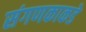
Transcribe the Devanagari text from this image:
संगणकाकडे